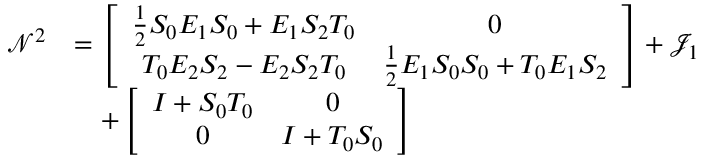
\begin{array} { r l } { \mathcal { N } ^ { 2 } } & { = \left[ \begin{array} { c c } { \frac { 1 } { 2 } S _ { 0 } E _ { 1 } S _ { 0 } + E _ { 1 } S _ { 2 } T _ { 0 } } & { 0 } \\ { T _ { 0 } E _ { 2 } S _ { 2 } - E _ { 2 } S _ { 2 } T _ { 0 } } & { \frac { 1 } { 2 } E _ { 1 } S _ { 0 } S _ { 0 } + T _ { 0 } E _ { 1 } S _ { 2 } } \end{array} \right] + \mathcal { J } _ { 1 } } \\ & { \quad + \left[ \begin{array} { c c } { I + S _ { 0 } T _ { 0 } } & { 0 } \\ { 0 } & { I + T _ { 0 } S _ { 0 } } \end{array} \right] } \end{array}